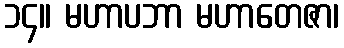
၁၄။ မဟာပဘာ မဟာတေဇာ၊